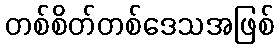
တစ်စိတ်တစ်ဒေသအဖြစ်